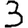
Digit: 3